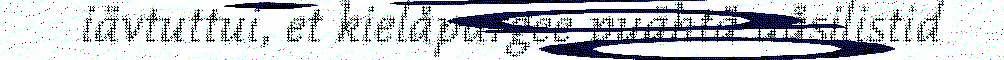
iävtuttui, et kielåpargee puähtä uåsilistid